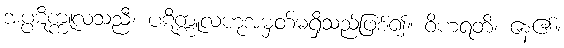
အပ္ပဋိက္ကူလသညီ၊ ပဋိက္ကူလဟုအမှတ်မရှိသည်ဖြစ်၍။ ဝိဟရတိ၊ နေ၏။